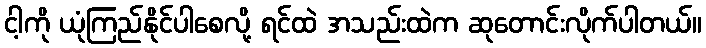
ငါ့ကို ယုံကြည်နိုင်ပါစေလို့ ရင်ထဲ အသည်းထဲက ဆုတောင်းလိုက်ပါတယ်။